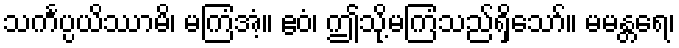
သင်္ကပ္ပယိဿာမိ၊ မကြံအံ့။ ဧဝံ၊ ဤသို့မကြံသည်ရှိသော်။ မမန္တရေ၊